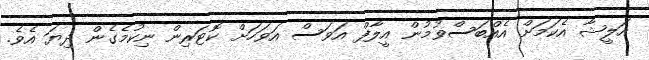
އަލީޝާ އެކަމަށް އެއްބަސްވުމުން އީލާފް އަވަސް އަވަހަށް ކޮޓަރިން ނިކުމެގެން ދިޔަ އެވެ.